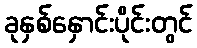
ခုနှစ်နှောင်းပိုင်းတွင်